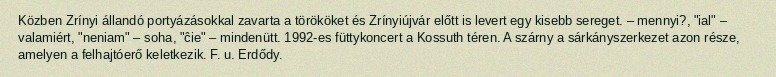
Közben Zrínyi állandó portyázásokkal zavarta a törököket és Zrínyiújvár előtt is levert egy kisebb sereget. – mennyi?, "ial" – valamiért, "neniam" – soha, "ĉie" – mindenütt. 1992-es füttykoncert a Kossuth téren. A szárny a sárkányszerkezet azon része, amelyen a felhajtóerő keletkezik. F. u. Erdődy.